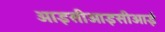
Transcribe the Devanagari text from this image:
आइसीआइसीआई